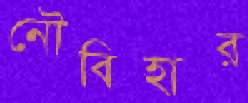
নৌবিহার